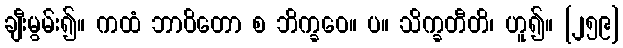
ချီးမွမ်း၍။ ကထံ ဘာဝိတော စ ဘိက္ခဝေ။ ပ။ သိက္ခတီတိ၊ ဟူ၍။ [၂၅၉]